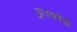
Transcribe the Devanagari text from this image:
पुलकोवो